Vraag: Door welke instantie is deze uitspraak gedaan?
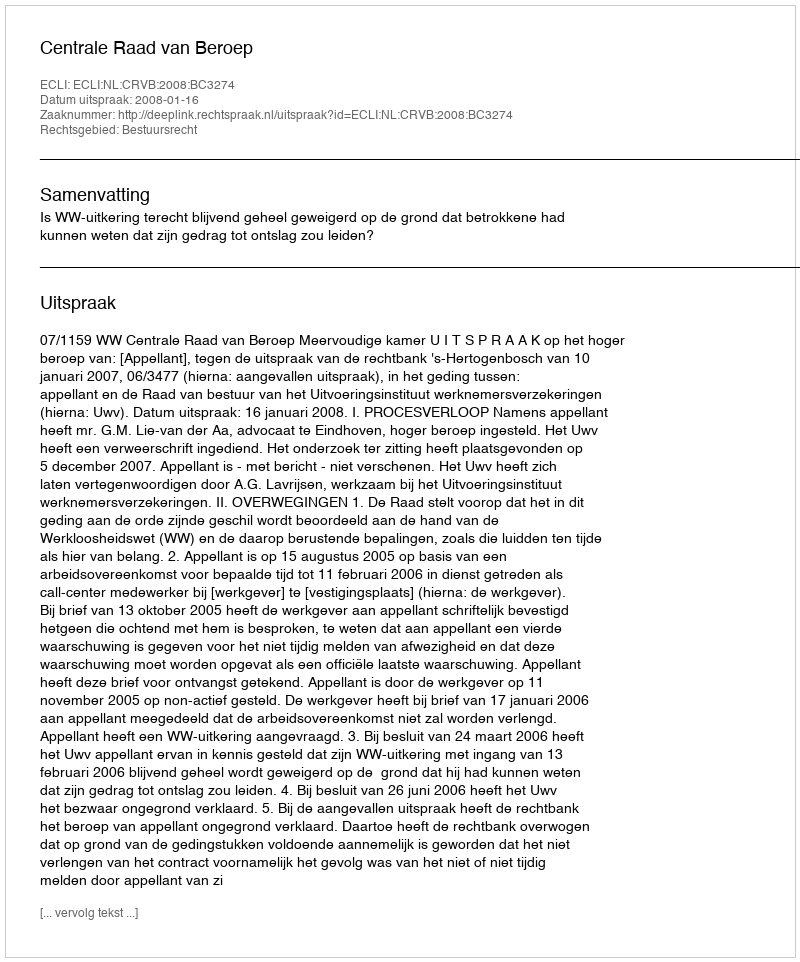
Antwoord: Centrale Raad van Beroep